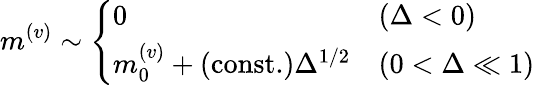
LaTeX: m^{(v)}\sim\left\{ \begin{array}{ll}{0}&{(\Delta<0)}\\ {m_{0}^{(v)}+(\mathrm{const.})\Delta^{1/2}}&{(0<\Delta\ll 1)}\end{array}\right.